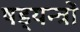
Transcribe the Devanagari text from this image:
षड्‍यन्त्रों